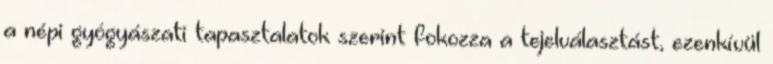
a népi gyógyászati tapasztalatok szerint fokozza a tejelválasztást, ezenkívül